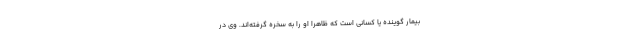
بیمار گوینده یا کسانی است که ظاهرا او را به سخره گرفته‌اند. وی در